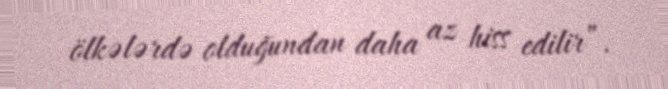
ölkələrdə olduğundan daha az hiss edilir”.